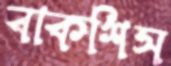
বাকশিস